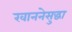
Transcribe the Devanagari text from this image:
खाननेसुद्धा